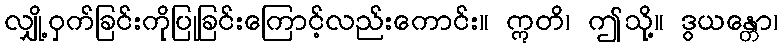
လျှို့ဝှက်ခြင်းကိုပြုခြင်းကြောင့်လည်းကောင်း။ ဣတိ၊ ဤသို့။ ဒွယန္တော၊